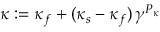
\kappa : = \kappa _ { f } + ( \kappa _ { s } - \kappa _ { f } ) \, \gamma ^ { P _ { \kappa } }